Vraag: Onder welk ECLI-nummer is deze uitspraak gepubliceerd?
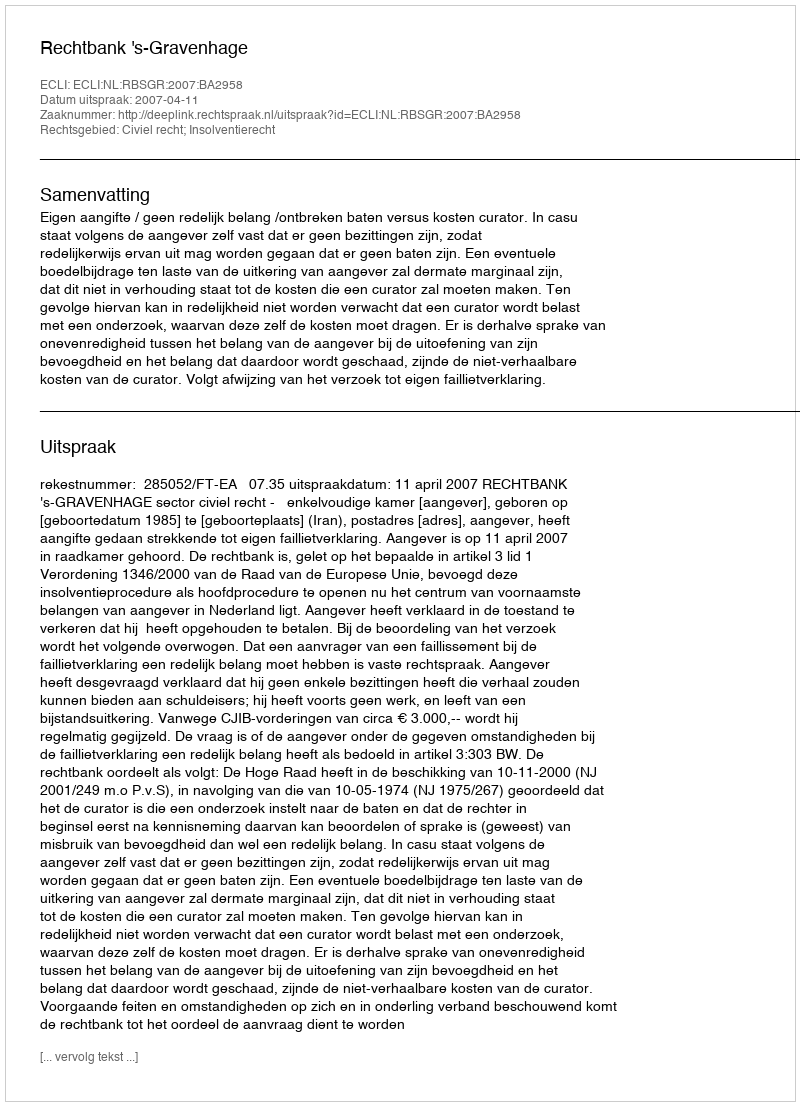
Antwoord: ECLI:NL:RBSGR:2007:BA2958